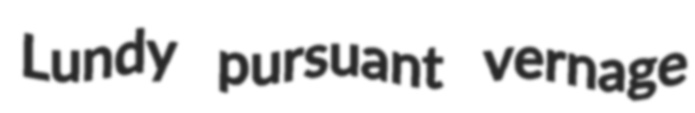
Lundy pursuant vernage